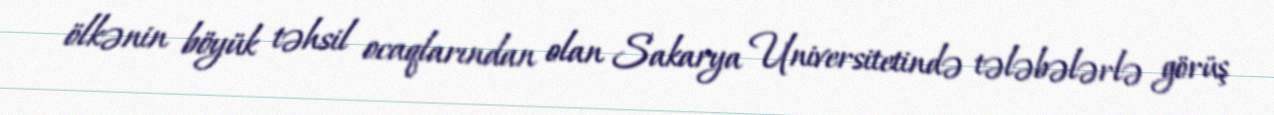
ölkənin böyük təhsil ocaqlarından olan Sakarya Universitetində tələbələrlə görüş